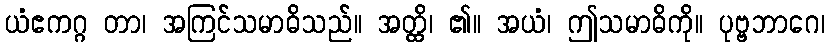
ယံဧကဂ္ဂ တာ၊ အကြင်သမာဓိသည်။ အတ္ထိ၊ ၏။ အယံ၊ ဤသမာဓိကို။ ပုဗ္ဗဘာဂေ၊